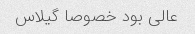
عالی بود خصوصا گیلاس